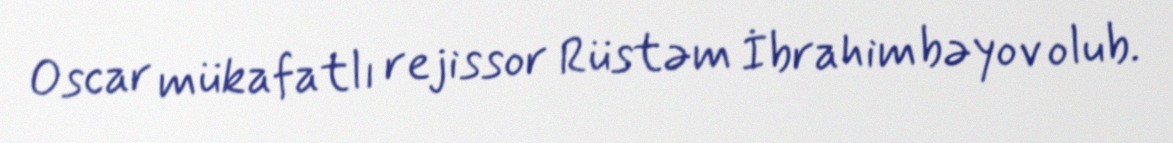
Oscar mükafatlı rejissor Rüstəm İbrahimbəyov olub.